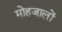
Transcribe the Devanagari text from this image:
मोहजालों